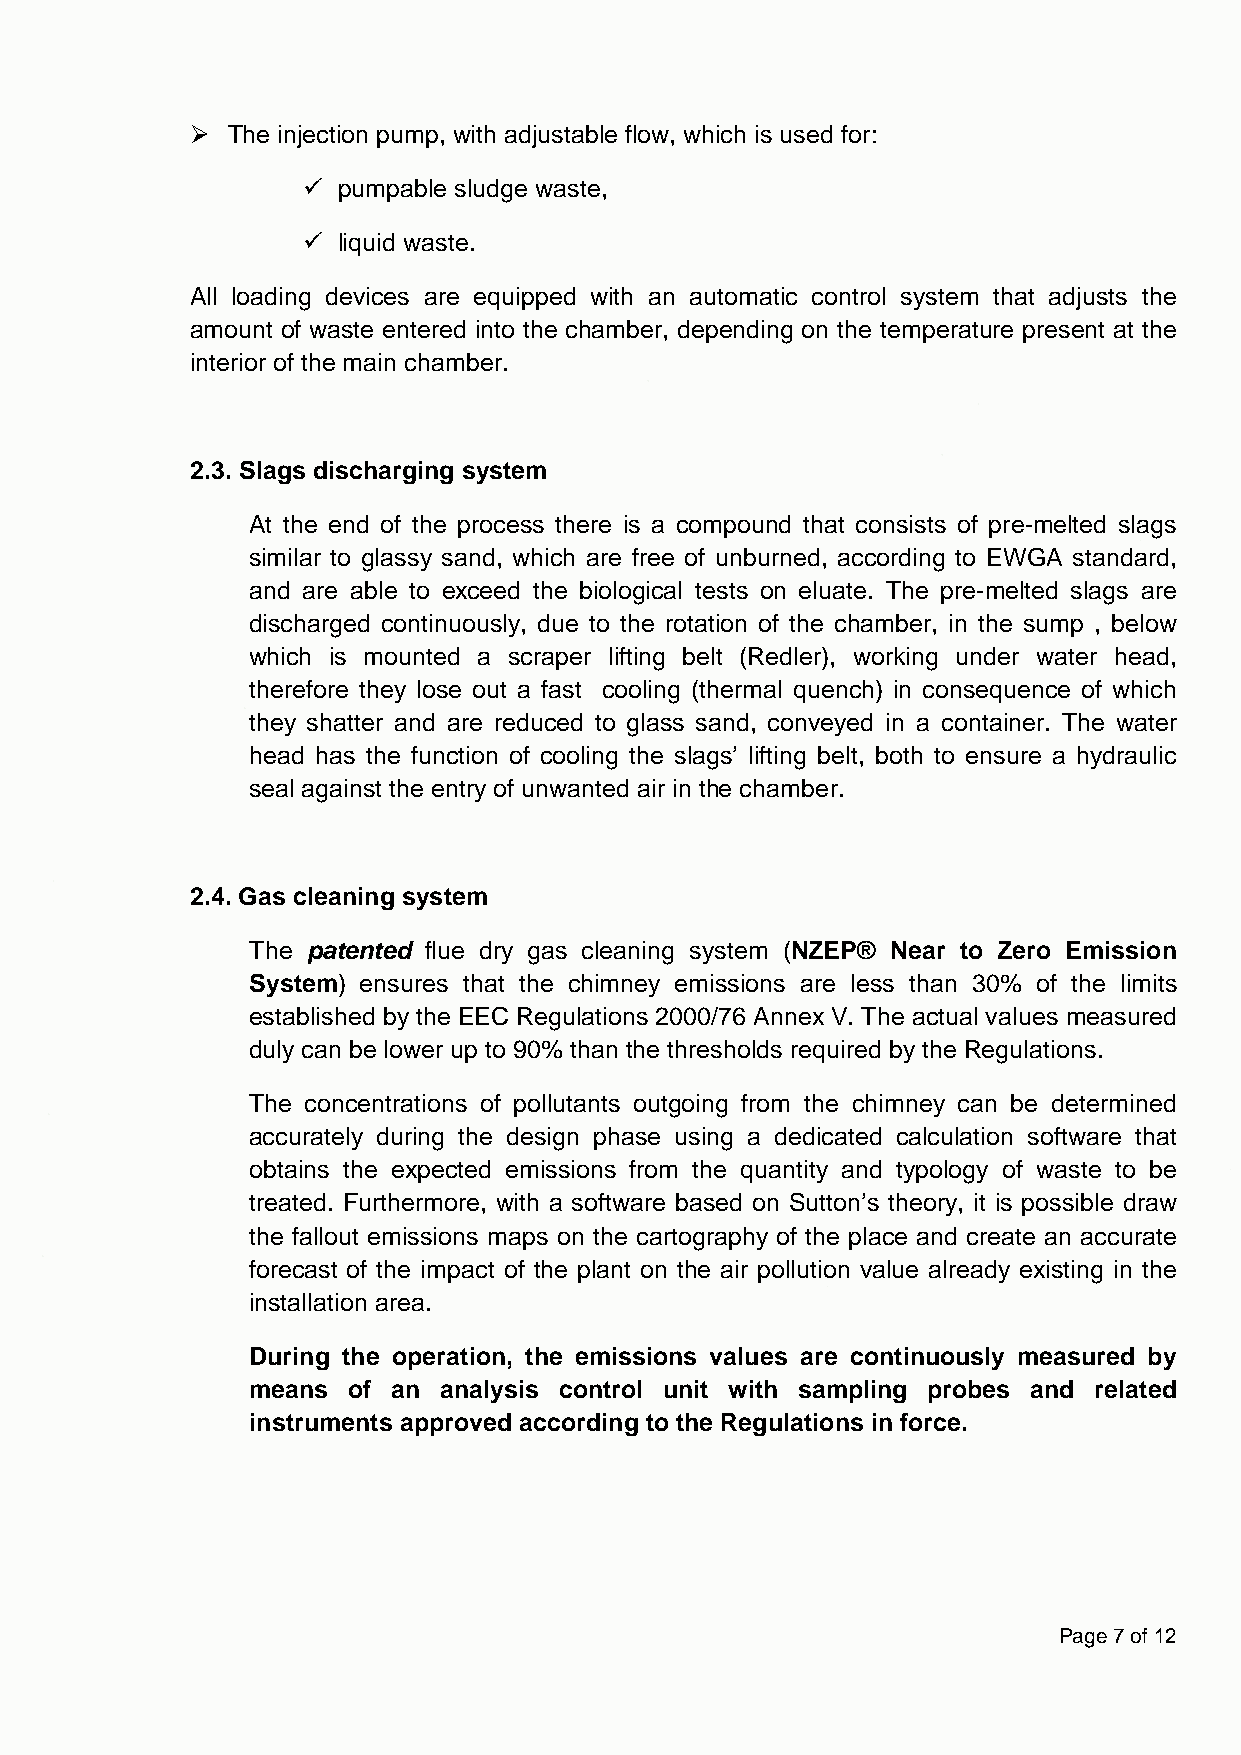
 The injection pump, with adjustable flow, which is used for:
  pumpable sludge waste,
  liquid waste.
 All loading devices are equipped with an automatic control system that adjusts the
 amount of waste entered into the chamber, depending on the temperature present at the
 interior of the main chamber.
 2.3. Slags discharging system
 At the end of the process there is a compound that consists of pre-melted slags
 similar to glassy sand, which are free of unburned, according to EWGA standard,
 and are able to exceed the biological tests on eluate. The pre-melted slags are
 discharged continuously, due to the rotation of the chamber, in the sump , below
 which is mounted a scraper lifting belt (Redler), working under water head,
 therefore they lose out a fast cooling (thermal quench) in consequence of which
 they shatter and are reduced to glass sand, conveyed in a container. The water
 head has the function of cooling the slags’ lifting belt, both to ensure a hydraulic
 seal against the entry of unwanted air in the chamber.
 2.4. Gas cleaning system
 The patented flue dry gas cleaning system (NZEP® Near to Zero Emission
 System) ensures that the chimney emissions are less than 30% of the limits
 established by the EEC Regulations 2000/76 Annex V. The actual values measured
 duly can be lower up to 90% than the thresholds required by the Regulations.
 The concentrations of pollutants outgoing from the chimney can be determined
 accurately during the design phase using a dedicated calculation software that
 obtains the expected emissions from the quantity and typology of waste to be
 treated. Furthermore, with a software based on Sutton’s theory, it is possible draw
 the fallout emissions maps on the cartography of the place and create an accurate
 forecast of the impact of the plant on the air pollution value already existing in the
 installation area.
 During the operation, the emissions values are continuously measured by
 means of an analysis control unit with sampling probes and related
 instruments approved according to the Regulations in force.
 Page 7 of 12